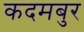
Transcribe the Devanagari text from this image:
कदमबुर